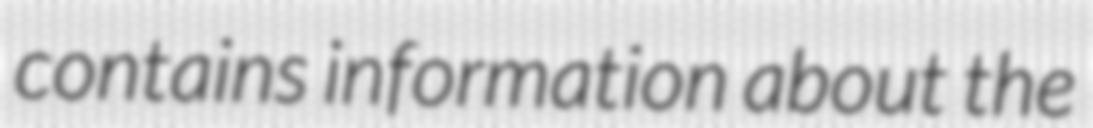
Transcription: contains information about the